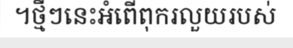
។ថ្មីៗនេះអំពើពុករលួយរបស់